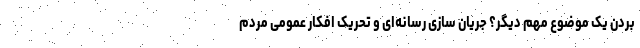
بردن یک موضوع مهم دیگر؟ جریان سازی رسانه‌ای و تحریک افکار عمومی مردم